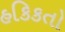
હકિકતો